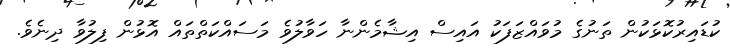
ކުޑައިރުކޮޅަކުން ތަނުގެ މުވައްޒަފަކު އައިސް އިޝާމެންނާ ހަވާލުވެ މަސައްކަތްތައް އޮޅުން ފިލުވާ ދިނެވެ.